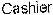
CASHIER